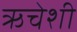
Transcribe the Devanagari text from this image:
ऋचेशी